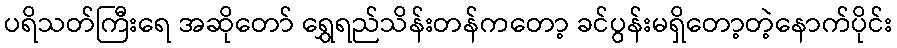
ပရိသတ်ကြီးရေ အဆိုတော် ရွှေရည်သိန်းတန်ကတော့ ခင်ပွန်းမရှိတော့တဲ့နောက်ပိုင်း